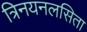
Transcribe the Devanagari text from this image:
त्रिनयनलसिता